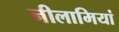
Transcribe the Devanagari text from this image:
नीलामियां